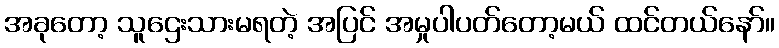
အခုတော့ သူဌေးသားမရတဲ့ အပြင် အမှုပါပတ်တော့မယ် ထင်တယ်နော်။